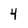
Character: 4